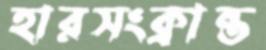
হারসংক্রান্ত